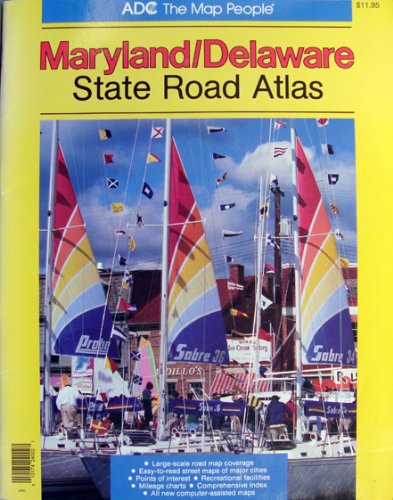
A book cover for Maryland/Delaware State Road Atlas; Adc; Travel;